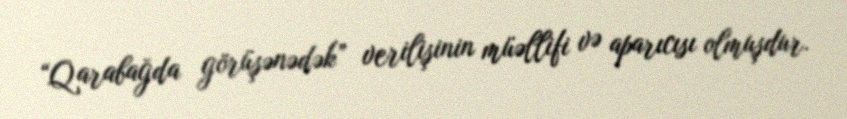
“Qarabağda görüşənədək” verilişinin müəllifi və aparıcısı olmuşdur.